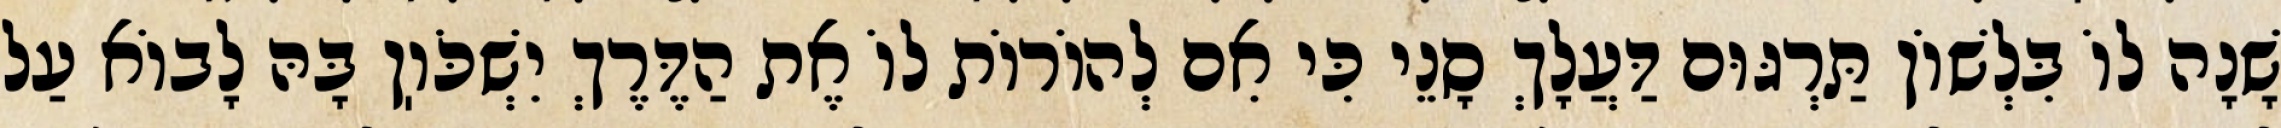
שָׁנָה לוֹ בִּלְשׁוֹן תַּרְגּוּם דַּעֲלָךְ סָנֵי כִּי אִם לְהוֹרוֹת לוֹ אֶת הַדֶּרֶךְ יִשְׁכֹּוֽן בָּהּ לָבוֹא עַל